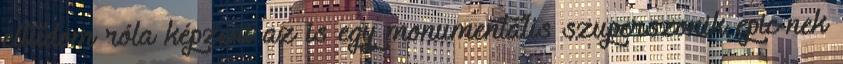
eltudom róla képzeni az is egy monumentális szuperszonik epic-nek